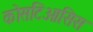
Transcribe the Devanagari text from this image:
कोसटिओसिस